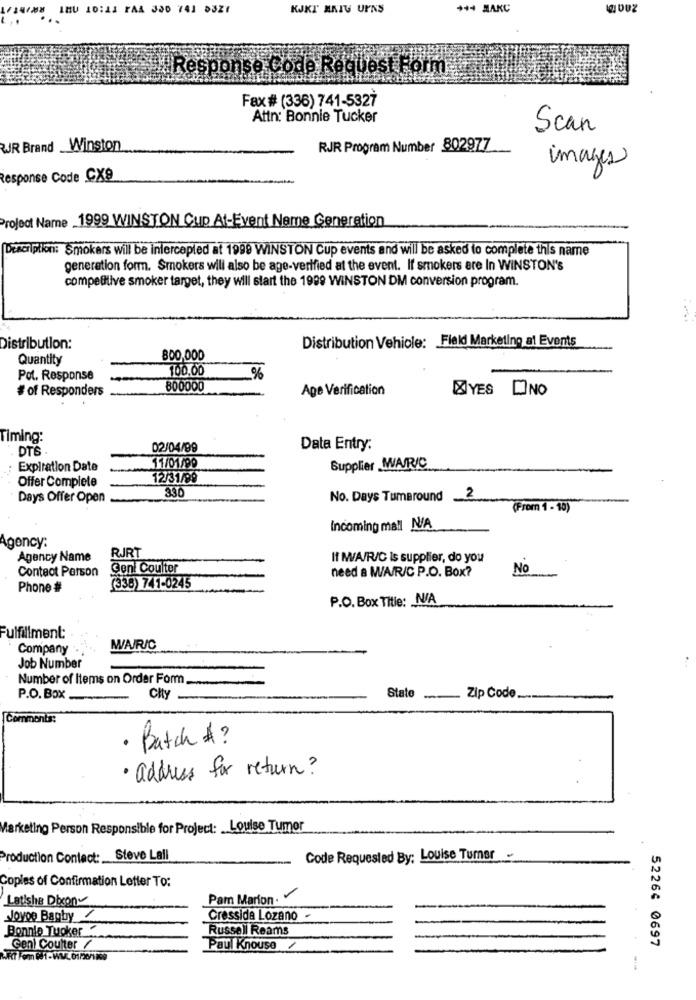
L/14/88 IBU 10:14 FAA JOD 741 53Z7
KJKT MAIG UPNS
+++ MARC
IgDuZ
Response Code Request Form
Fax # (336) 741-5327
Attn: Bonnie Tucker
Scan
JR Brand Winston
RJR Program Number 802977
images
Response Code CX9
Project Name 1999 WINSTON Cup At-Event Name Generation
Description: Smokers will be intercepled at 1999 WINSTON Cup events and will be asked to complete this name
generation form. Smokers will also be age-verified at the event. If smokers are In WINSTON's
competitive smoker target, they will start the 1989 WINSTON DM conversion program.
Distribution Vehicle: Field Marketing at Events
Distribution:
Quantity
800,000
100,00
Pot. Response
%
# of Responders
800000
Age Verification
YES DINO
Timing:
DTS
02/04/99
Data Entry:
11/01/99
Expiration Date
Supplier MA/R/C
Offer Complete
12/31/99
330
Days Offer Open
No. Days Tumaround
2
(From 1 - 10)
Incoming mall N/A
Agency:
RJRT
Agency Name
IT M/A/R/C Is supplier, do you
Contact Person
Gent Coulter
need a WA/R/C P.O. Box?
No
Phone #
(338) 741-0245
P.O. Box Title: N/A
Fulfillment:
Company .,
W/A/R/C
Job Number
Number of Items on Order Form
P.O. Box
City
State _...
Zip Code __
Comments:
· Batch # ?
· address for return?
Marketing Person Responsible for Project: _ Louise Tumor
Production Contact: Steve Lall
Code Requested By: Louise Turner
Copies of Confirmation Letter To:
Latishe Dbson
Pam Marion.
Jovoe Bagby
Cressida Lozano -
Bonnie Tuoker
Russell Reams
52266 0697
Geni Coulter /
Paul Knouse